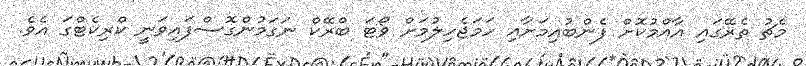
މެޗު ތެރޭގައި އާއްމުކޮށް ފެންބުއިމަށާއި ހަމަޖެހިލުމަށް ވޯޓަ ބްރޭކް ނަގަމުންގޮސްފައިވަނީ ކްރިކެޓްގަ އެވެ.